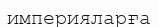
империяларға